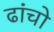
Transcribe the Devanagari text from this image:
ढांचो